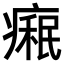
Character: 𤹋